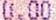
0.00